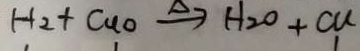
H _ { 2 } + C u o \overline { s } e t \Delta \rightarrow H _ { 2 } O + C u